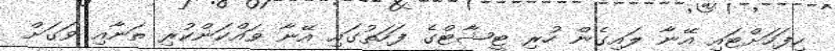
ހިފަހަށްޓައި އޭނާ ލައިގެން ހުރި ޓީޝާޓްގެ ފަހަތުގައި އޭނާ ވައްކަންކުރި ތަނާއި ވަގަށް